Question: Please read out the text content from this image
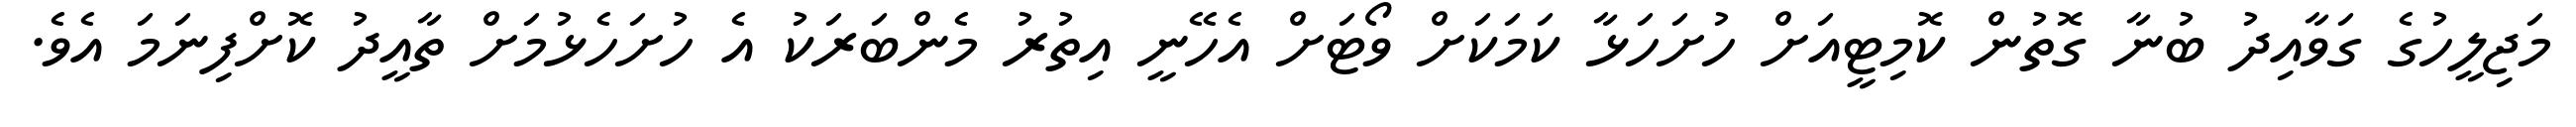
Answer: މަޖިލީހުގެ ގަވާއިދު ބުނާ ގޮތުން ކޮމިޓީއަށް ހުށަހަޅާ ކަމަކަށް ވޯޓަށް އެހޭނީ އިތުރު މެންބަރަކު އެ ހުށަހެޅުމަށް ތާއީދު ކޮށްފިނަމަ އެވެ.